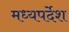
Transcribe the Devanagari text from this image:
मध्यपर्देश